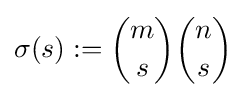
\sigma (s):={\binom {m}{s}}{\binom {n}{s}}